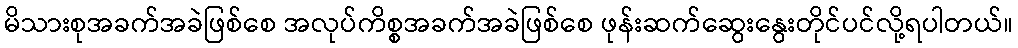
မိသားစုအခက်အခဲဖြစ်စေ အလုပ်ကိစ္စအခက်အခဲဖြစ်စေ ဖုန်းဆက်ဆွေးနွေးတိုင်ပင်လို့ရပါတယ်။